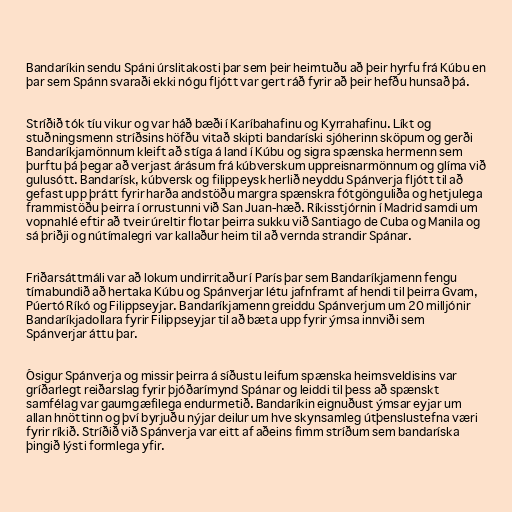
Bandaríkin sendu Spáni úrslitakosti þar sem þeir heimtuðu að þeir hyrfu frá Kúbu en
þar sem Spánn svaraði ekki nógu fljótt var gert ráð fyrir að þeir hefðu hunsað þá.

Stríðið tók tíu vikur og var háð bæði í Karíbahafinu og Kyrrahafinu. Líkt og
stuðningsmenn stríðsins höfðu vitað skipti bandaríski sjóherinn sköpum og gerði
Bandaríkjamönnum kleift að stíga á land í Kúbu og sigra spænska hermenn sem
þurftu þá þegar að verjast árásum frá kúbverskum uppreisnarmönnum og glíma við
gulusótt. Bandarísk, kúbversk og filippeysk herlið neyddu Spánverja fljótt til að
gefast upp þrátt fyrir harða andstöðu margra spænskra fótgönguliða og hetjulega
frammistöðu þeirra í orrustunni við San Juan-hæð. Ríkisstjórnin í Madrid samdi um
vopnahlé eftir að tveir úreltir flotar þeirra sukku við Santiago de Cuba og Manila og
sá þriðji og nútímalegri var kallaður heim til að vernda strandir Spánar.

Friðarsáttmáli var að lokum undirritaður í París þar sem Bandaríkjamenn fengu
tímabundið að hertaka Kúbu og Spánverjar létu jafnframt af hendi til þeirra Gvam,
Púertó Ríkó og Filippseyjar. Bandaríkjamenn greiddu Spánverjum um 20 milljónir
Bandaríkjadollara fyrir Filippseyjar til að bæta upp fyrir ýmsa innviði sem
Spánverjar áttu þar.

Ósigur Spánverja og missir þeirra á síðustu leifum spænska heimsveldisins var
gríðarlegt reiðarslag fyrir þjóðarímynd Spánar og leiddi til þess að spænskt
samfélag var gaumgæfilega endurmetið. Bandaríkin eignuðust ýmsar eyjar um
allan hnöttinn og því byrjuðu nýjar deilur um hve skynsamleg útþenslustefna væri
fyrir ríkið. Stríðið við Spánverja var eitt af aðeins fimm stríðum sem bandaríska
þingið lýsti formlega yfir.